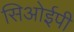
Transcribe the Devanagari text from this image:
सिओईपी